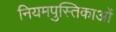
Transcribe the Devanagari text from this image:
नियमपुस्तिकाओं